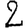
Digit: 2